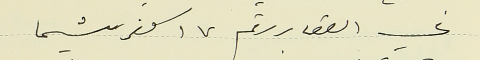
في العقار رقم ١٧ كفرشيما